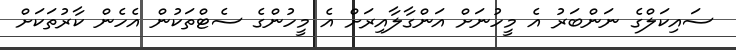
ސައިކަލްގެ ނަންބަރު އެ މީހުނަށް އަންގާލާއިރަށް އެ މީހުންގެ ސެޓްތަކުން އެހެން ކާރުތަކަށް